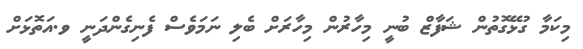
މިކަމާ ގުޅޭގޮތުން ޝަފާޒް ބުނީ މިހާރުން މިހާރަށް ބެލި ނަމަވެސް ފެނިގެންދަނީ ވ.އަތޮޅަށް